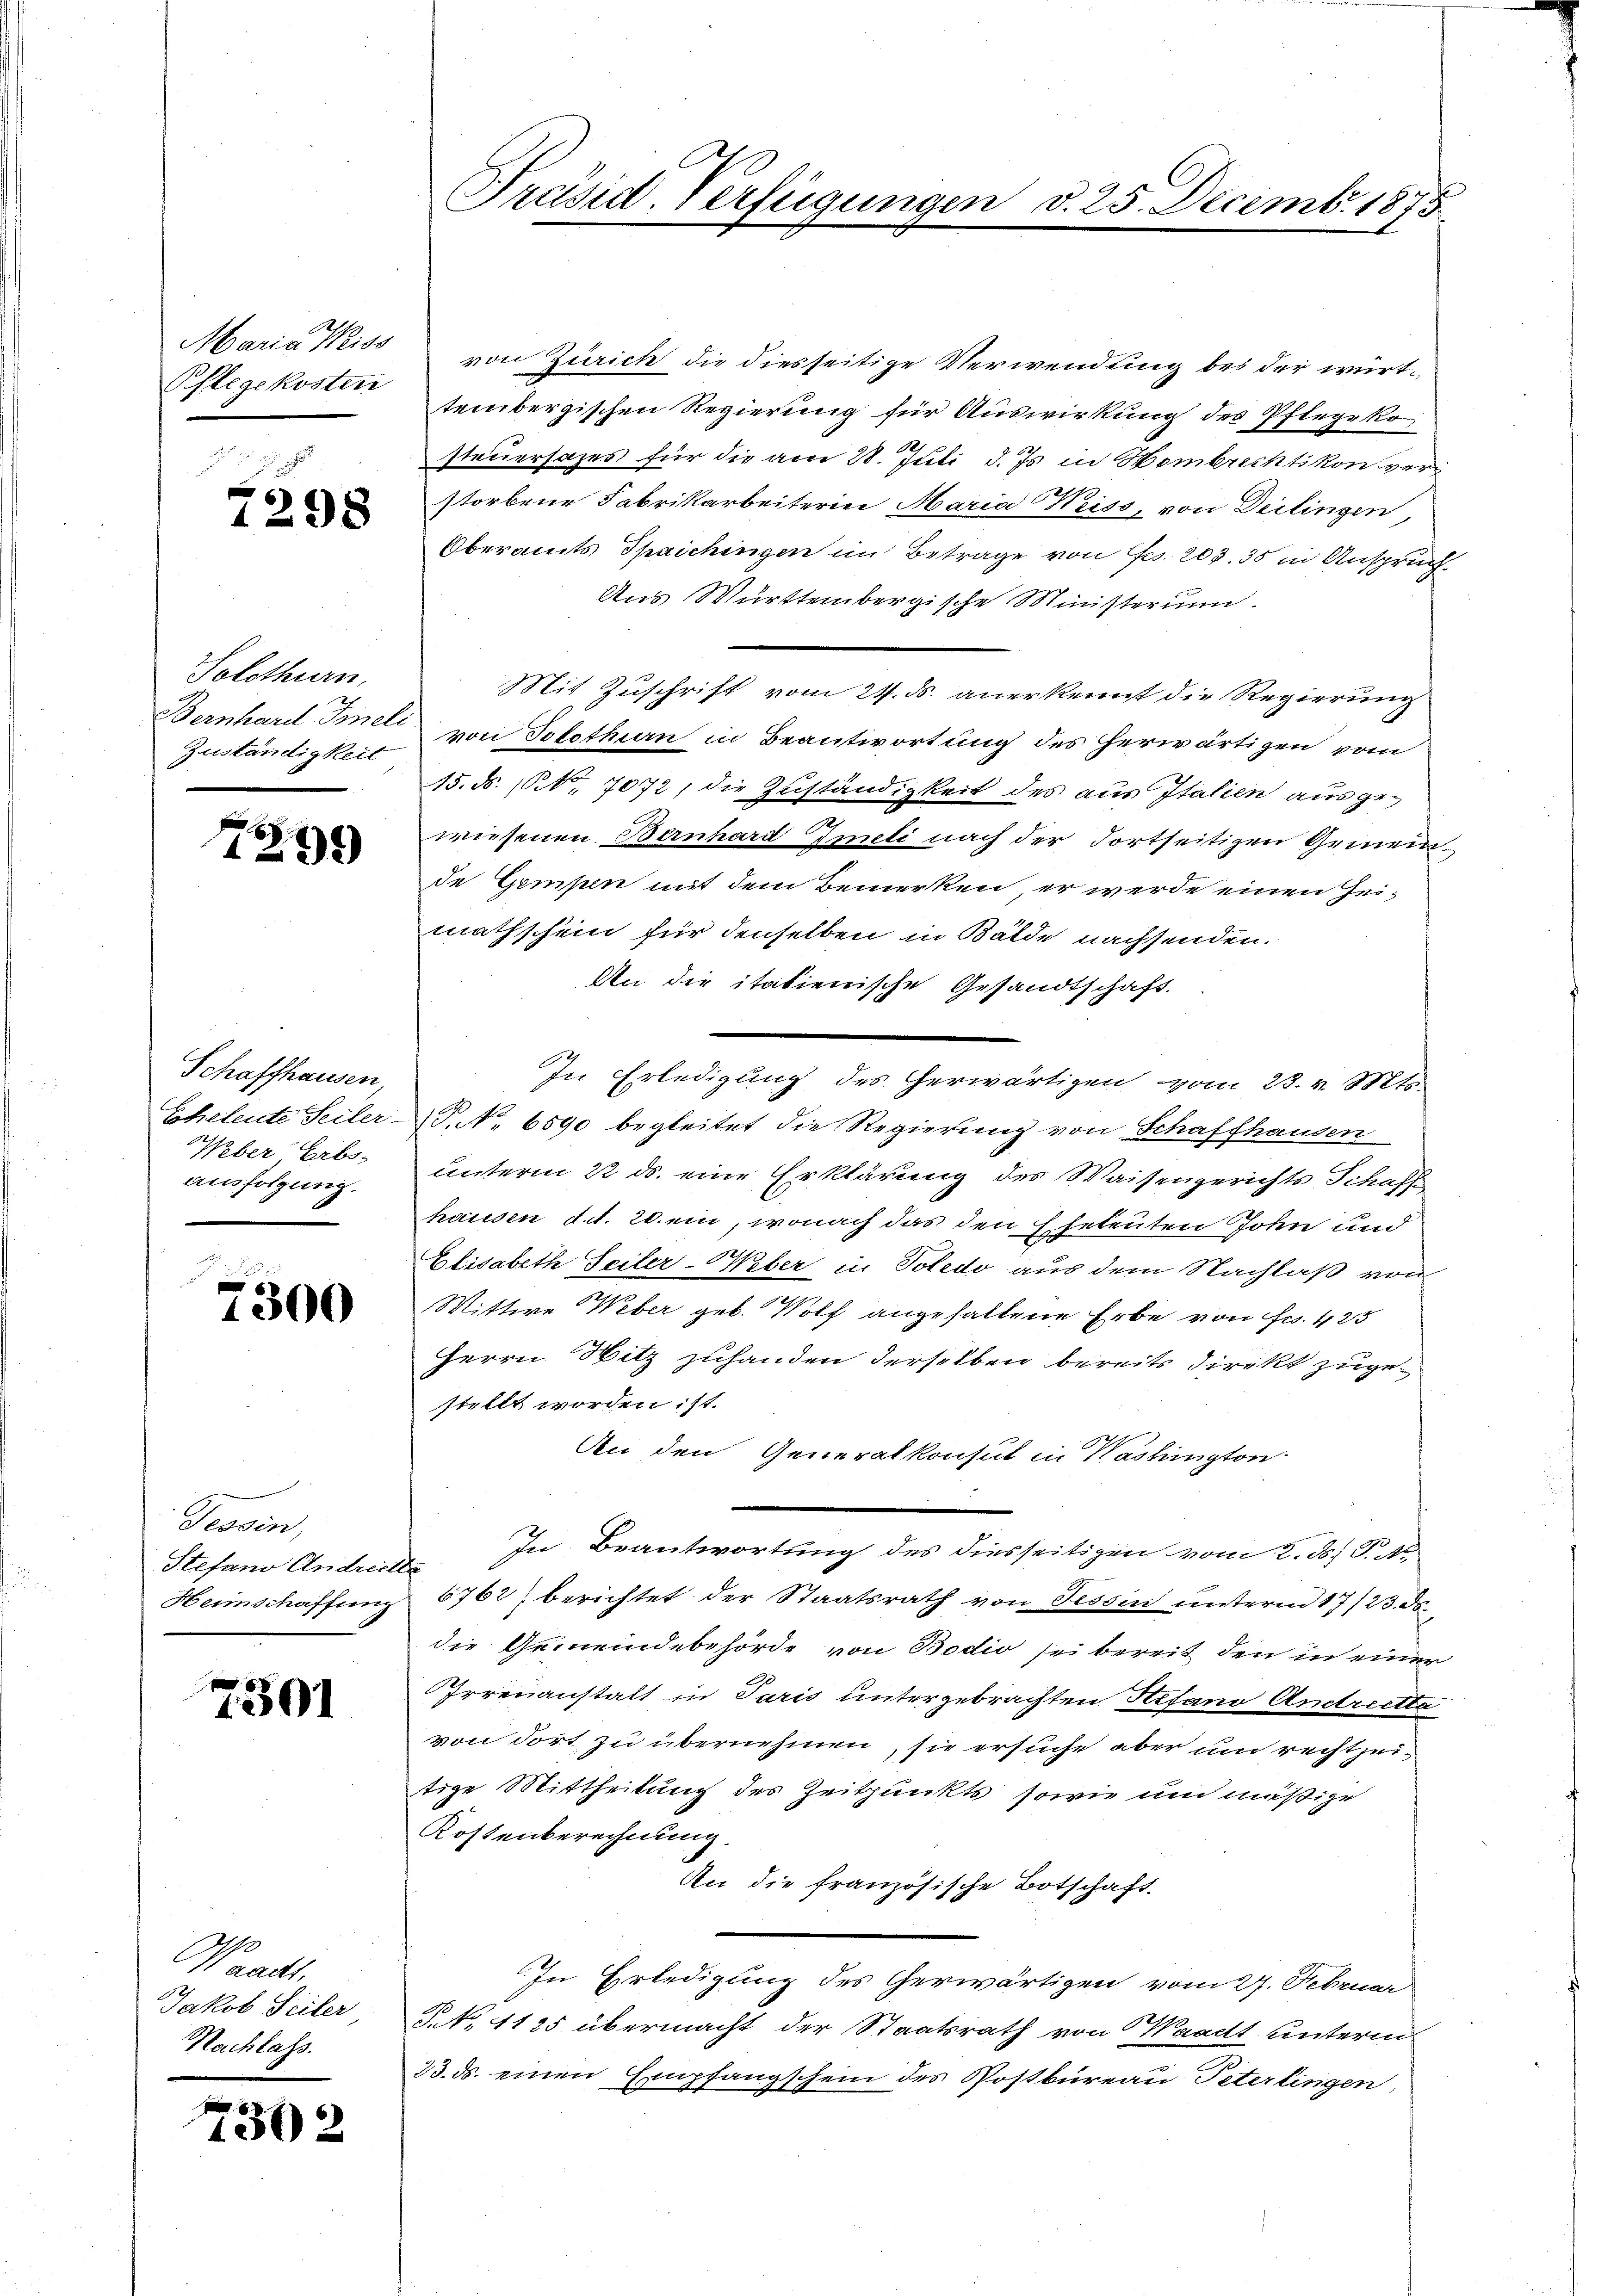
Maria Wiss
Pflegekosten

7298

Solothurn,
Bernhard Imeli
Zuständigkeit

7399

Schaffhausen,
Eheleute Seiter
Weber Erbs-
ausfolgung.

7300

Secun
Stefano Andren
Heimschaffung

7501

Waadt.
Jakob Seiler
Nachlass.

730

Präsid. Verfügungen d. 25. Decemb. 1873

von Zürich die diesseitige Verwendung bei der württembergischen Regierung für Auswirkung des Pflegeko
1
steuersages für die am 28. Juli d. Js. in Hombrechtikon ver
storbene Fabrikarbeiterin Maria Weiss, von Drilingen,
Oberamts Spaichingen im Betrage von Frs. 203. 35 in Anspruch
Aus Württembergische Ministerium.
Mit Zuschrift vom 24. ds. anerkennt die Regierung
von Solothurn in Beantwortung des herwärtigen vom
15. ds. 1. 7072, die Zuständigkeit des aus Italien ausgewiesenen Bernhard Gmeli nach der Fortseitigen Gemeinde Gempen mit dem Bemerken er werde einen Heimathschein für denselben in Bälde nachsenden.
An die italienische Gesandtschaft.
In Erledigung des Gerwärtigen vom 23. v. Mts.
P. Nr. 6590 begleitet die Regierung von Schaffhausen
unterm 22 ds. eine Erklärung des Waisengerichts Schaff
hausen d. d. 20. ein, wonach das den Eheleuten John und
Elisabeth Seiler-Weber in Poledo aus dem Nachlaß von
Wittwe Weber geb. Wolf angehaltene Erbe von Fr. 425
Herrn Witz zuhanden derselben bereits direkt zugestellt worden ist.
An den Generalkonsul in Washington
In Beantwortung des diesseitigen vom 2. d. J.
6762) berichtet der Staatsrath von Tessin unterm 17/23. ds.
die Gemeindebehörde von Bodio sei bereit den in einer
Irrenanstalt in Paris untergebrachten Hefano Andreetta
von dort, zu übernehmen, sie ersuche aber um rechtzeitige Mittheilung des Zeitpunkts sowie und mäßige
Kostenberechnung.
An die französische Botschaft
In Erledigung des Gerwärtigen vom 27. Februar
No. 4125 übermacht der Staatsrath von Waadt unterm
23. ds. einen Empfangschein des Postbureau Peterlingen